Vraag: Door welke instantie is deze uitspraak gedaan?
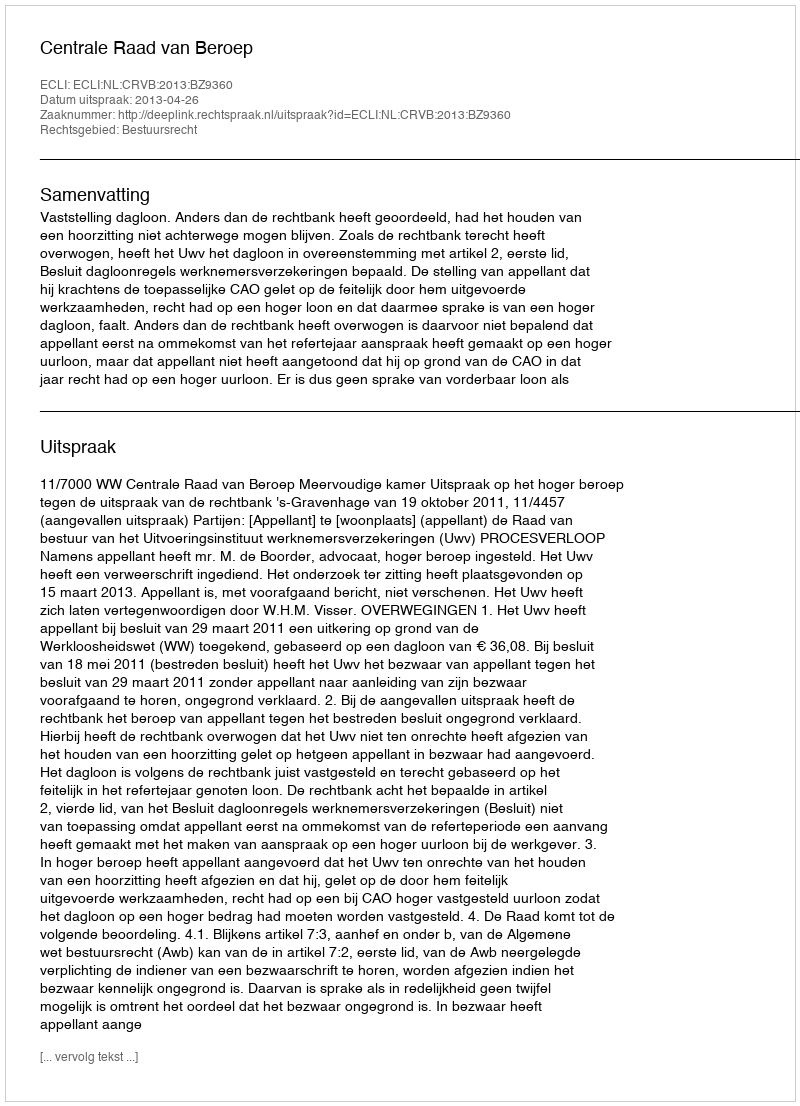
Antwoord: Centrale Raad van Beroep